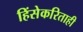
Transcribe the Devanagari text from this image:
हिंसेकरिताही